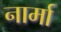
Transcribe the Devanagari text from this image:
नार्मा